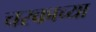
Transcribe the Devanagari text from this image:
चरकाच्या